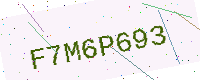
Text: F7M6P693